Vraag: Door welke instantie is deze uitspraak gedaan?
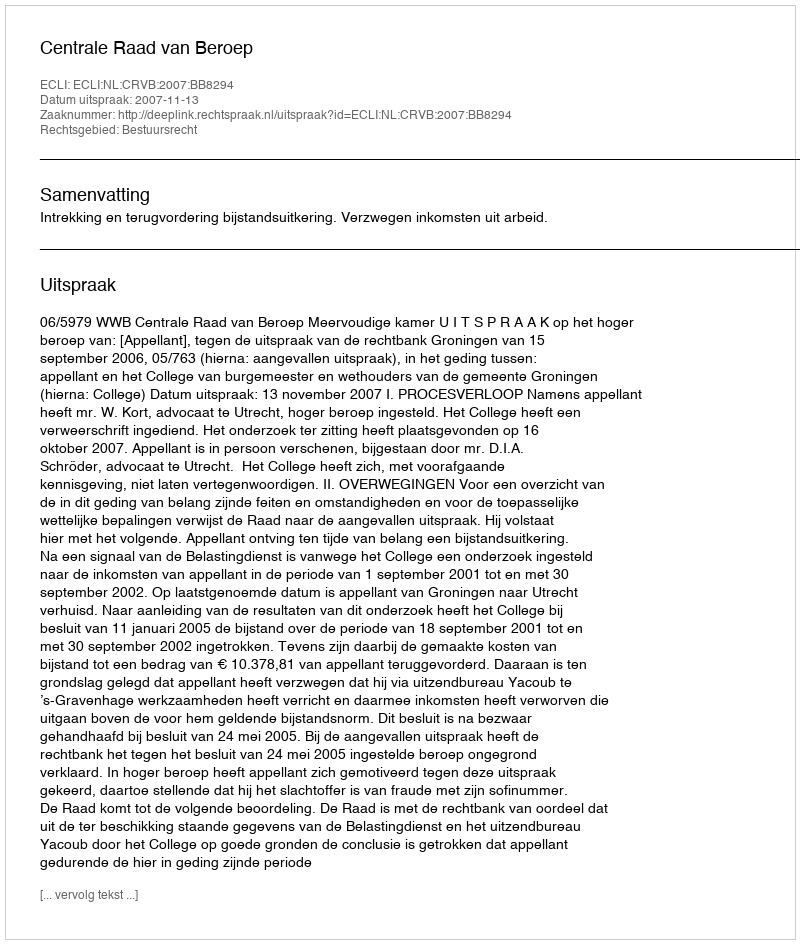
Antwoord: Centrale Raad van Beroep